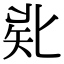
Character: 𠤜